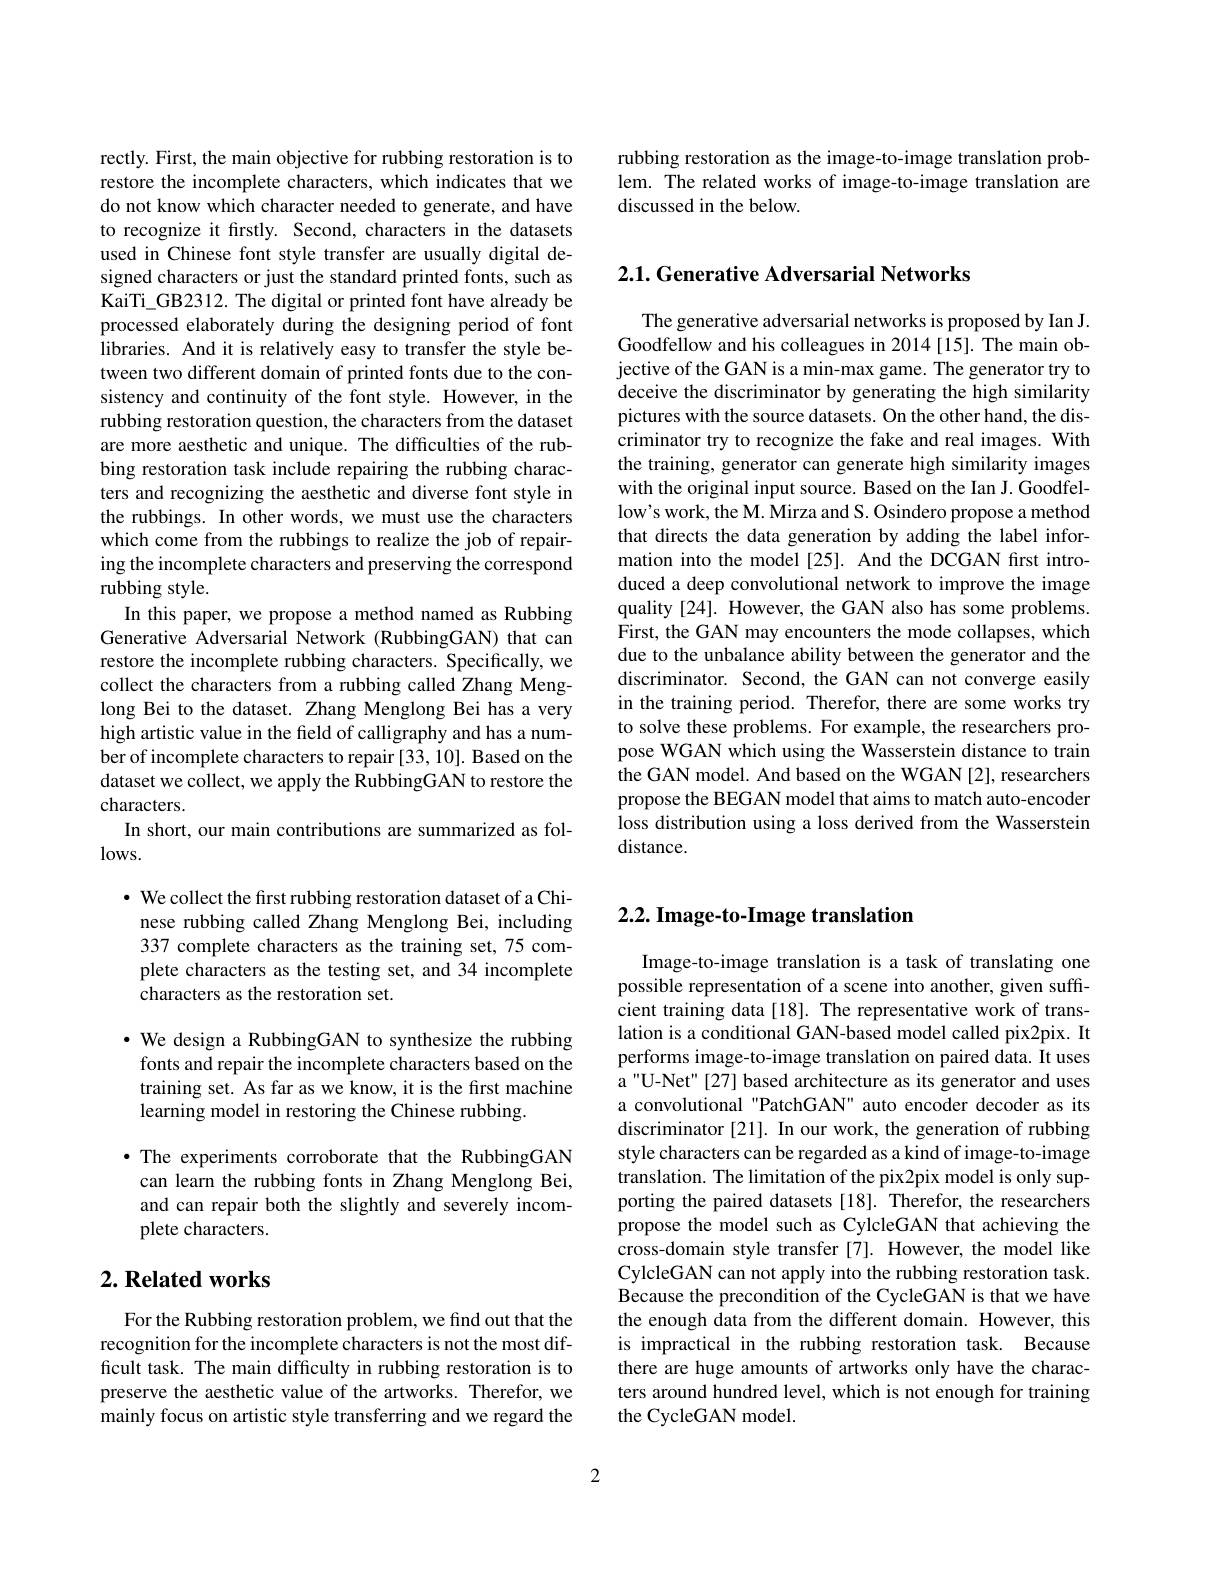
rectly. First, the main objective for rubbing restoration is to restore the incomplete characters, which indicates that we do not know which character needed to generate, and have to recognize it firstly. Second, characters in the datasets used in Chinese font style transfer are usually digital designed characters or just the standard printed fonts, such as KaiTi\_GB2312. The digital or printed font have already be processed elaborately during the designing period of font libraries. And it is relatively easy to transfer the style between two different domain of printed fonts due to the consistency and continuity of the font style. However, in the rubbing restoration question, the characters from the dataset are more aesthetic and unique. The difficulties of the rubbing restoration task include repairing the rubbing characters and recognizing the aesthetic and diverse font style in the rubbings. In other words, we must use the characters which come from the rubbings to realize the job of repairing the incomplete characters and preserving the correspond rubbing style.
In this paper, we propose a method named as Rubbing Generative Adversarial Network (RubbingGAN) that can restore the incomplete rubbing characters. Specifically, we collect the characters from a rubbing called Zhang Menglong Bei to the dataset. Zhang Menglong Bei has a very high artistic value in the field of calligraphy and has a number of incomplete characters to repair [33, 10]. Based on the dataset we collect, we apply the RubbingGAN to restore the characters.
In short, our main contributions are summarized as fol-
$\log$s.

· We collect the first rubbing restoration dataset of a Chi-
nese rubbing called Zhang Menglong Bei, including 337 complete characters as the training set, 75 complete characters as the testing set, and 34 incomplete characters as the restoration set.

· We design a RubbingGAN to synthesize the rubbing
fonts and repair the incomplete characters based on the training set. As far as we know, it is the first machine learning model in restoring the Chinese rubbing.

$\bullet$ The experiments corroborate that the RubbingGAN can learn the rubbing fonts in Zhang Menglong Bei, and can repair both the slightly and severely incomplete characters.

## $2. \textbf{Related works}$

For the Rubbing restoration problem, we find out that the recognition for the incomplete characters is not the most difficult task. The main difficulty in rubbing restoration is to preserve the aesthetic value of the artworks. Therefor, we mainly focus on artistic style transferring and we regard the

rubbing restoration as the image-to-image translation problem. The related works of image-to-image translation are discussed in the below.

## 2.1. Generative Adversarial Networks

The generative adversarial networks is proposed by Ian J. Goodfellow and his colleagues in 2014 [15]. The main objective of the GAN is a min-max game. The generator try to deceive the discriminator by generating the high similarity pictures with the source datasets. On the other hand, the discriminator try to recognize the fake and real images. With the training, generator can generate high similarity images with the original input source. Based on the Ian J.Goodfellow's work, the M. Mirza and S. Osindero propose a method that directs the data generation by adding the label information into the model [25]. And the DCGAN frst introduced a deep convolutional network to improve the image quality [24]. However, the GAN also has some problems. First, the GAN may encounters the mode collapses, which due to the unbalance ability between the generator and the discriminator. Second, the GAN can not converge easily in the training period. Therefor, there are some works try to solve these problems. For example, the researchers propose WGAN which using the Wasserstein distance to train the GAN model. And based on the WGAN [2], researchers propose the BEGAN model that aims to match auto-encoder loss distribution using a loss derived from the Wasserstein distance.

## 2.2. Image-to-Image translation

Image-to-image translation is a task of translating one possible representation of a scene into another, given suffcient training data[18]. The representative work of translation is a conditional GAN-based model called pix2pix. It performs image-to-image translation on paired data. It uses a "U-Net" [27] based architecture as its generator and uses a convolutional "PatchGAN" auto encoder decoder as its discriminator [21]. In our work, the generation of rubbing style characters can be regarded as a kind of image-to-image translation. The limitation of the pix2pix model is only supporting the paired datasets [18]. Therefor, the researchers propose the model such as CylcleGAN that achieving the cross-domain style transfer [7]. However, the model like CylcleGAN can not apply into the rubbing restoration task. Because the precondition of the CycleGAN is that we have the enough data from the different domain. However, this is impractical in the rubbing restoration task. Because there are huge amounts of artworks only have the characters around hundred level, which is not enough for training the CycleGAN model.

2